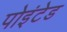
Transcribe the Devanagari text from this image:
पोइंटेड